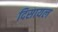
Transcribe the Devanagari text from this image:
दिसायल